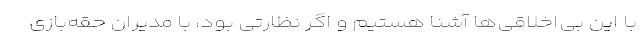
با این بی‌اخلاقی‌ها آشنا هستیم و اگر نظارتی بود، با مدیران حقه‌بازی